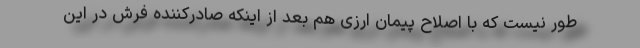
طور نیست که با اصلاح پیمان ارزی هم بعد از اینکه صادرکننده فرش در این